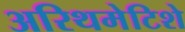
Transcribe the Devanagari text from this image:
अरिथमेटिशे